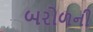
બરોળની